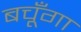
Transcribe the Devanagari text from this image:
बचूँगा